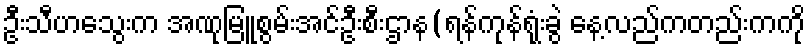
ဦးသီဟသွေးက အဏုမြူစွမ်းအင်ဦးစီးဌာန(ရန်ကုန်ရုံးခွဲ နေ့လည်ကတည်းကကို